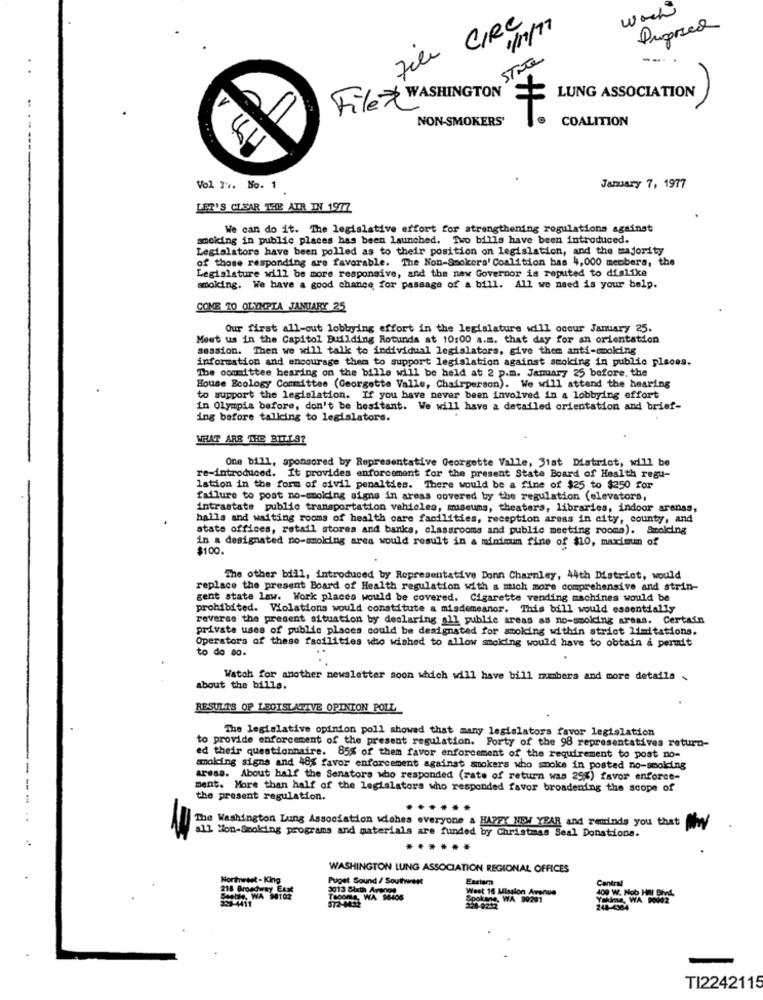
work
1/11/77
Full CIRC
Dupred
STRTe
--
File WASHINGTON
LUNG ASSOCIATION
...-
NON-SMOKERS'
COALITION
....
Vol 1 .. No. 1
January 7, 1977
LET'S CLEAR THE AIR IN 1977
We can do it. The legislative effort for strengthening regulations against
smoking in public places has been launched. Two bills have been introduced.
Legislators have been polled as to their position on legislation, and the majority
of those responding are favorable. The Non-Smokers' Coalition has 4,000 members, the
Legislature will be more responsive, and the new Governor is reputed to dislike
smoking. We have a good chance for passage of a bill. All we need is your help.
COME TO OLYMPIA JANUARY 25
Our first all-out lobbying effort in the legislature will occur January 25.
Meet us in the Capitol Building Rotunda at 10:00 a.m. that day for an orientation
session. Then we will talk to individual legislators, give them anti-smoking
information and encourage them to support legislation against smoking in public places.
The committee hearing on the bills will be held at 2 p.m. January 25 before, the
House Ecology Committee (Georgette Valle, Chairperson). We will attend the hearing
to support the legislation. If you have never been involved in a lobbying effort
in Olympia before, don't be hesitant. We will have a detailed orientation and brief-
ing before talking to legislators.
WHAT ARE THE BILLS?
One bill, sponsored by Representative Georgette Valle, 31st Diatadot, will be
re-introduced. It provides enforcement for the present State Board of Health regu-
lation in the form of civil penalties. There would be a fine of $25 to $250 for
failure to post no-smoiding signs in areas covered by the regulation (elevators,
intrastate public transportation vehicles, museums, theaters, libraries, indoor arenas,
halls and waiting rooms of health care facilities, reception areas in city, county, and
state offices, retail stores and banks, classrooms and public meeting rooma). Smolding
in a designated no-smoking area would result in a minimum fine of $10, maximun of
$100.
The other bill, introduced by Representative Donn Charnley, 44th District, would
replace the present Board of Health regulation with a mich more comprehensive and strin-
gent state law. Work places would be covered. Cigarette vending machines would be
prohibited. Wolations would constitute a misdemeanor. This bill would essentially
reverse the present situation by declaring all public areas as no-smoking areas. Certain
private uses of public places could be designated for smoking within strict limitations.
Operators of these facilities who wished to allow smoicing would have to obtain a permit
to do so.
Watch for another newsletter soon which will have bill members and more details
about the bills.
RESULTS OF LEGISLATIVE OPINION POLL
The legislative opinion poll showed that many legislators favor legislation
o provide enforcement of the present regulation. Forty of the 98 representatives return-
ed their questionnaire. 85% of them favor enforcement of the requirement to post no-
smoking signs and 48% favor enforcement against smokers who smoke in posted no-smoking
aress. About half the Senators who responded (rate of return was 25%) favor enforce-
ment. More than half of the legislators who responded favor broadening the scope of
the present regulation.
......
The Washington Lung Association wishes everyone & HAPPY NEW YEAR and reminds you that
all Non-Smoking programs and materials are funded by Christmas Seal Donations.
...
WASHINGTON LUNG ASSOCIATION REGIONAL OFFICES
Northwest - King
Puget Sound / Southwest
Central
218 Broadway Exse
Weet 10 Mission Avenue
400 W. Nob Hm Blvd.
35-4411
Stable, WA 98102
Sp
KIS, WA 99291
Yokime, WA 90902
328-9212
248-4384
TI2242115